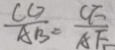
\frac { C G } { A B } = \frac { C F } { A F }